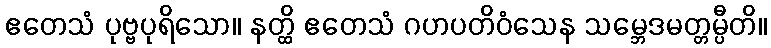
ဧတေသံ ပုဗ္ဗပုရိသော။ နတ္ထိ ဧတေသံ ဂဟပတိဝံသေန သမ္ဘေဒမတ္တမ္ပီတိ။